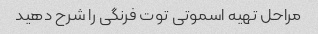
مراحل تهیه اسموتی توت فرنگی را شرح دهید